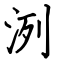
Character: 洌